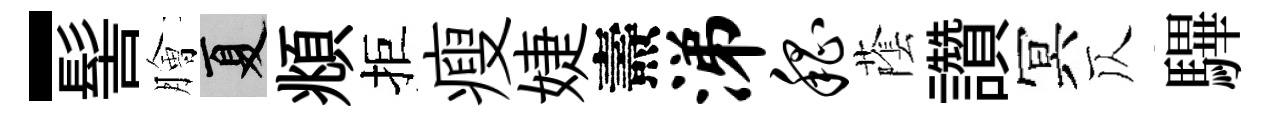
-髻膾夏頫拒瘦婕燾涕嵇䕃讚冥仄驆